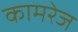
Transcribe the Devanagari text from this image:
कामरेज